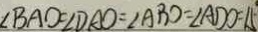
\angle B A O = \angle D A O = \angle A B O = \angle A D O = 1 5